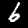
Digit: 6